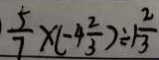
\frac { 5 } { 7 } \times ( - 4 \frac { 2 } { 3 } ) \div 1 \frac { 2 } { 3 }